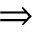
\Rightarrow